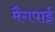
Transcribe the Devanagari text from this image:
मैगपाई